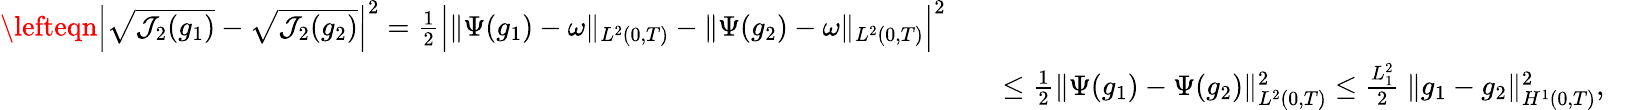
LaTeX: \begin{array}{rlr}{\lefteqn{\Big\vert\sqrt{\mathcal{J}_{2}(g_{1})}-\sqrt{\mathcal{J}_{2}(g_{2})}\Big\vert^{2}=\frac{1}{2}\Big\vert\| \Psi(g_{1})-\omega\| _{L^{2}(0,T)}-\| \Psi(g_{2})-\omega\| _{L^{2}(0,T)}\Big\vert^{2}}}\\ &{}&{\leq\frac{1}{2}\| \Psi(g_{1})-\Psi(g_{2})\| _{L^{2}(0,T)}^{2}\leq\frac{L_{1}^{2}}{2}\ \Vert g_{1}-g_{2}\Vert_{H^{1}(0,T)}^{2},~~~~}\end{array}